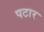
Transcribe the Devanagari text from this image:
पटार